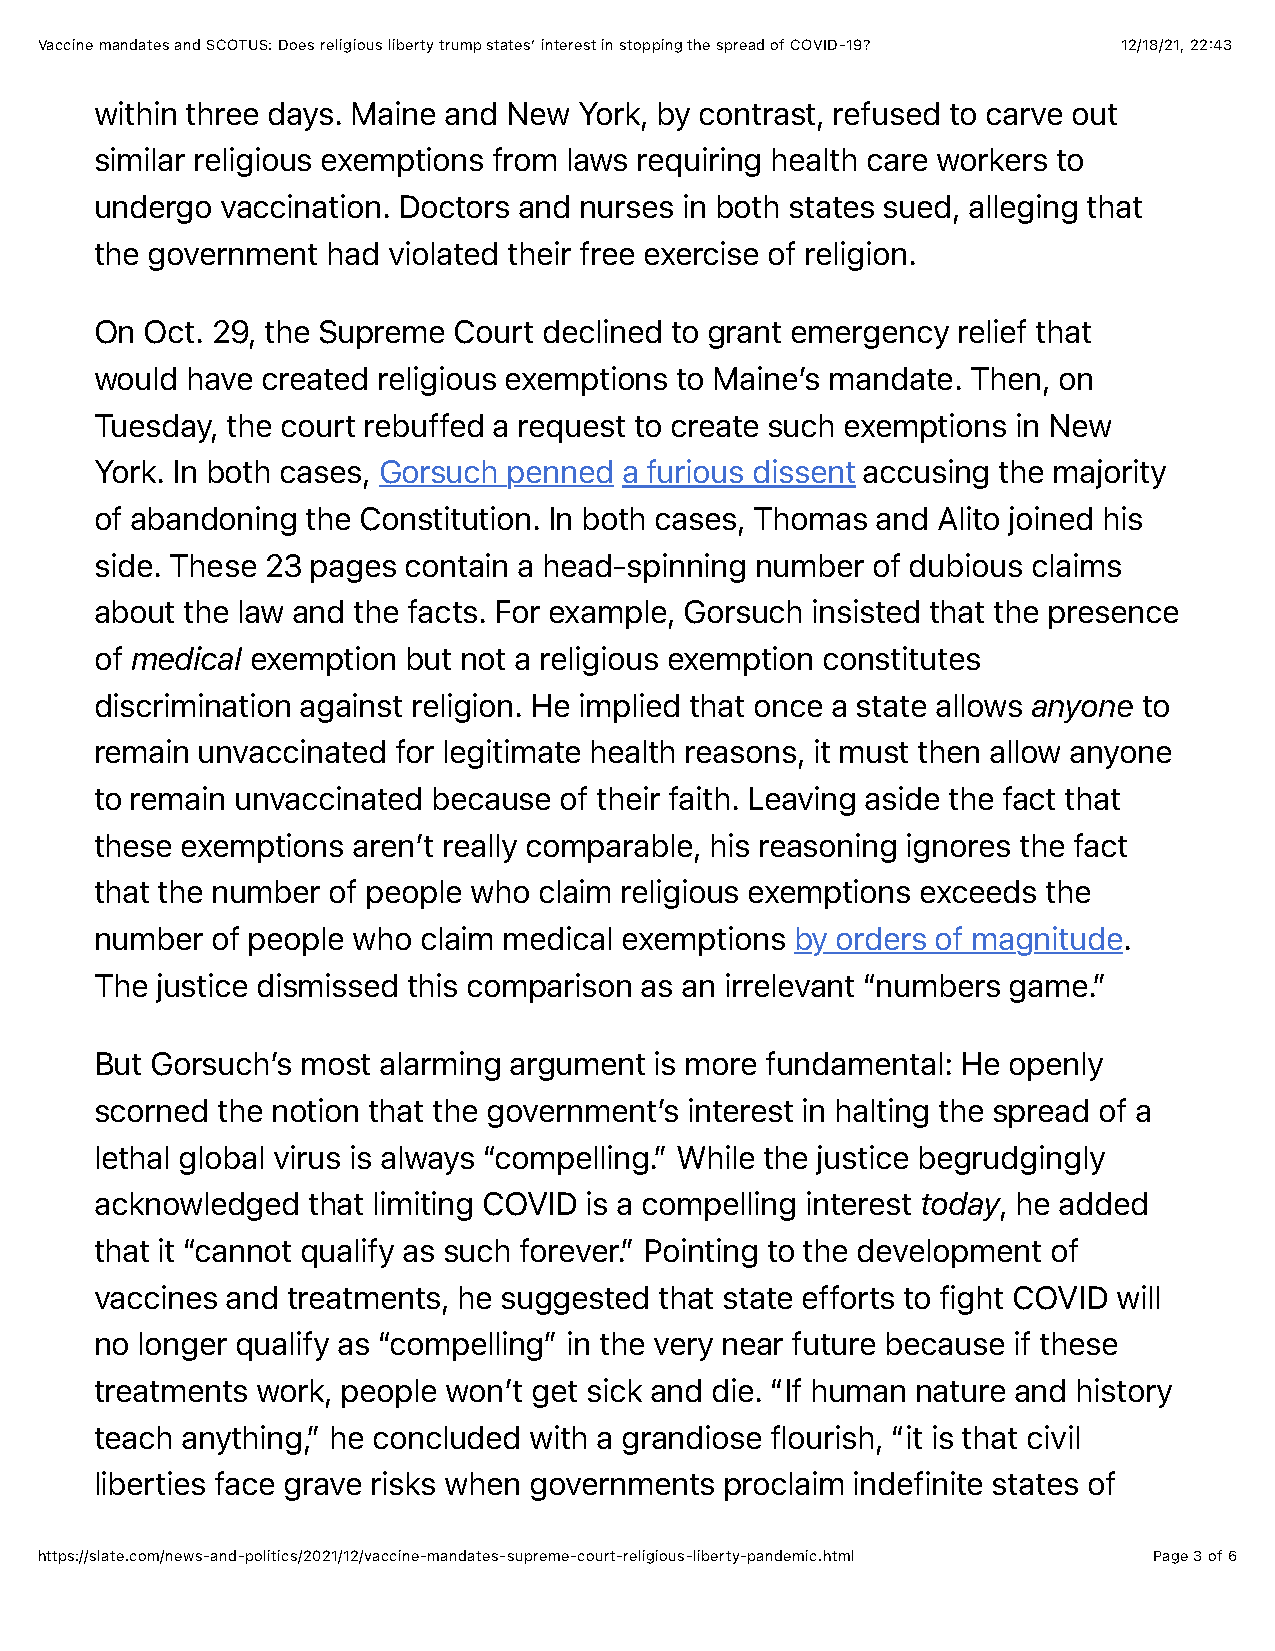
Vaccine mandates and SCOTUS: Does religious liberty trump states’ interest in stopping the spread of COVID-19? 12/18/21, 22:43
 within three days. Maine and New York, by contrast, refused to carve out
 similar religious exemptions from laws requiring health care workers to
 undergo  vaccination. Doctors and nurses in both states sued, alleging that
 the government  had violated their free exercise of religion.
 On  Oct. 29, the Supreme Court declined to grant emergency relief that
 would have created religious exemptions to Maine’s mandate. Then, on
 Tuesday, the court rebuffed a request to create such exemptions in New
 York. In both cases, Gorsuch penned a furious dissent accusing the majority
 of abandoning the Constitution. In both cases, Thomas and Alito joined his
 side. These 23 pages contain a head-spinning number of dubious claims
 about the law and the facts. For example, Gorsuch insisted that the presence
 of medical exemption but not a religious exemption constitutes
 discrimination against religion. He implied that once a state allows anyone to
 remain unvaccinated for legitimate health reasons, it must then allow anyone
 to remain unvaccinated because of their faith. Leaving aside the fact that
 these exemptions aren’t really comparable, his reasoning ignores the fact
 that the number of people who claim religious exemptions exceeds the
 number  of people who claim medical exemptions by orders of magnitude.
 The justice dismissed this comparison as an irrelevant “numbers game.”
 But Gorsuch’s most alarming argument is more fundamental: He openly
 scorned the notion that the government’s interest in halting the spread of a
 lethal global virus is always “compelling.” While the justice begrudgingly
 acknowledged  that limiting COVID is a compelling interest today, he added
 that it “cannot qualify as such forever.” Pointing to the development of
 vaccines and treatments, he suggested that state efforts to fight COVID will
 no longer qualify as “compelling” in the very near future because if these
 treatments work, people won’t get sick and die. “If human nature and history
 teach anything,” he concluded with a grandiose flourish, “it is that civil
 liberties face grave risks when governments proclaim indefinite states of
 https://slate.com/news-and-politics/2021/12/vaccine-mandates-supreme-court-religious-liberty-pandemic.html Page 3 of 6